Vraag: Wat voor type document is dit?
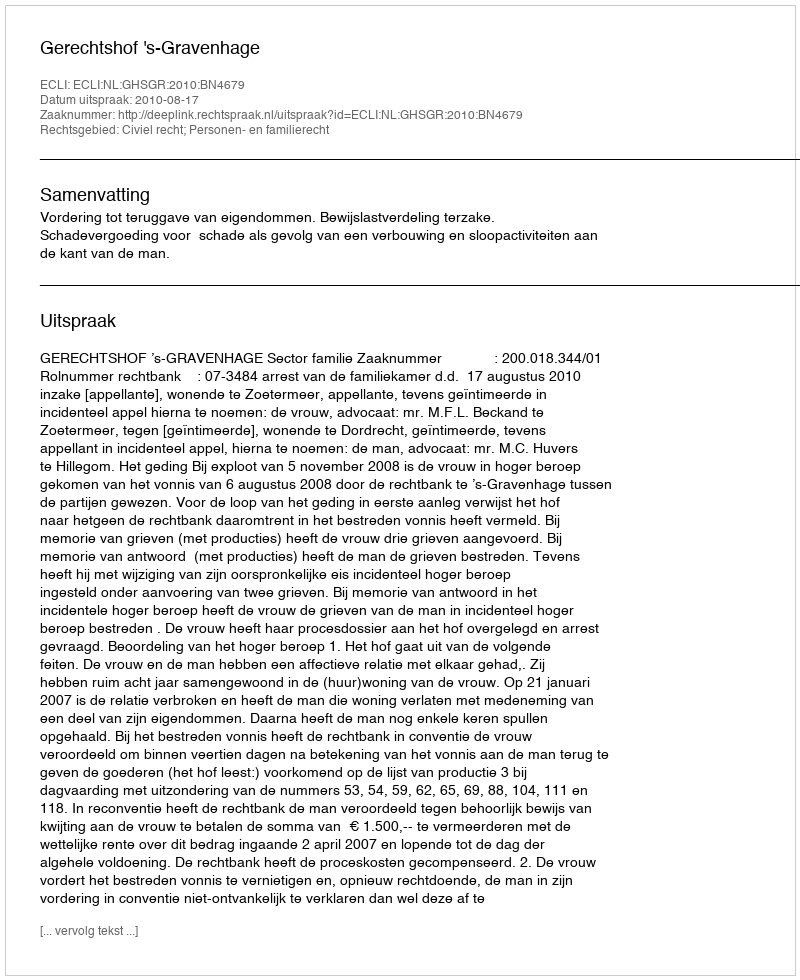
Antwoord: Uitspraak